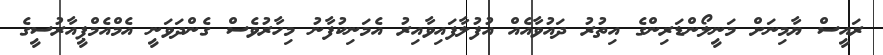
ރައީސް ޔާމިނަށް މަނީލޯންޑަރިންގެ އިތުރު ދައުވާއެއް އުފުލާފައިވާއިރު އެމަނިކުފާނު މިހާރުވެސް ގެންދަވަނީ އެމްއެމްޕީއާރުސީގެ